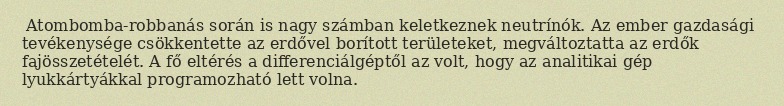
Atombomba-robbanás során is nagy számban keletkeznek neutrínók. Az ember gazdasági tevékenysége csökkentette az erdővel borított területeket, megváltoztatta az erdők fajösszetételét. A fő eltérés a differenciálgéptől az volt, hogy az analitikai gép lyukkártyákkal programozható lett volna.